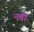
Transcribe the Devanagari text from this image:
नबीं